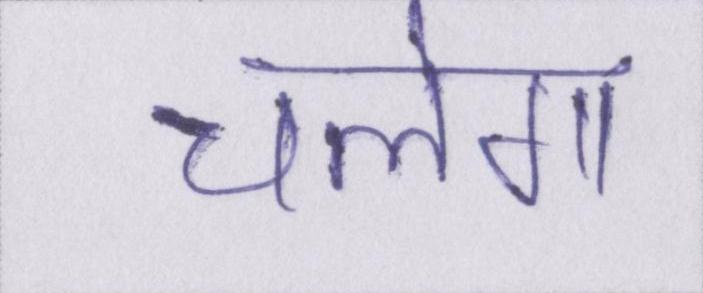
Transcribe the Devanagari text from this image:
चलेगा